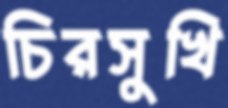
চিরসুখি